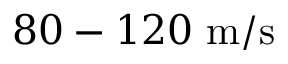
8 0 - 1 2 0 ~ \mathrm { m / s }